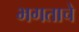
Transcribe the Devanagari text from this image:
भगताचे